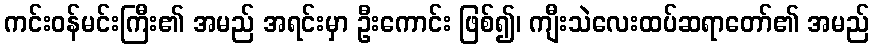
ကင်းဝန်မင်းကြီး၏ အမည် အရင်းမှာ ဦးကောင်း ဖြစ်၍၊ ကျီးသဲလေးထပ်ဆရာတော်၏ အမည်